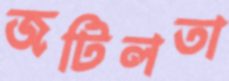
জটিলতা